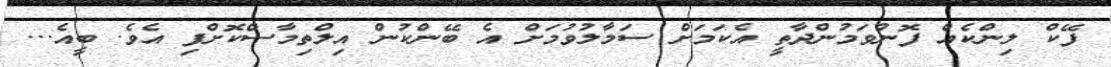
ފޭކް ލިންކެއް ފޮނުވަމުންދާތީ އެކަމަށް ސަމާލުވުމަށް އެ ބޭންކުން އިލްތިމާސްކޮށްފި އެވެ. ބީއެ...